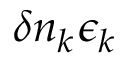
\delta n _ { k } \epsilon _ { k }